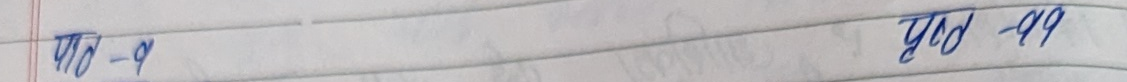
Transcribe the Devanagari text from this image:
पाठ - ५ पृष्ठ - ५५